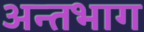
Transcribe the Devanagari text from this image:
अन्तभाग